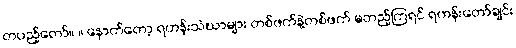
တပည့်တော်။ ။ နောက်တော့ ရဟန်းသံဃာများ တစ်ဖက်နဲ့တစ်ဖက် မတည့်ကြရင် ရဟန်းတော်ချင်း